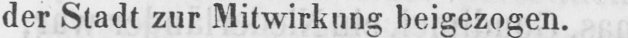
der Stadt zur Mitwirkung beigezogen.